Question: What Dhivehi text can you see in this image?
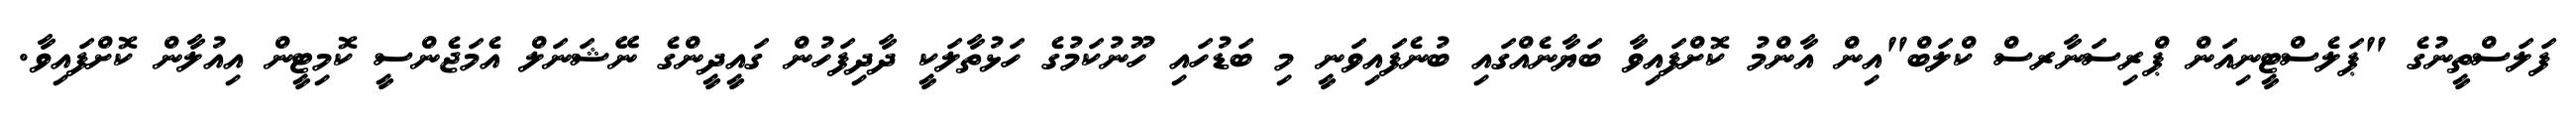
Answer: ފަލަސްތީނުގެ "ޕަލެސްޓީނިއަން ޕްރިސަނާރސް ކްލަބް"އިން އާންމު ކޮށްފައިވާ ބަޔާނެއްގައި ބުނެފައިވަނީ މި ބަޑުހައި ހޫނުކަމުގެ ހަޅުތާލަކީ ދާދިފަހުން ގައީދީންގެ ނޭޝަނަލް އެމަޖެންސީ ކޮމިޓީން އިއުލާން ކޮށްފައިވާ.